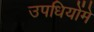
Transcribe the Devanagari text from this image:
उपधियोंमे